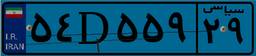
۵۴D۵۵۹۲۹